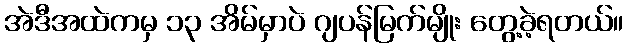
အဲဒီအထဲကမှ ၁၃ အိမ်မှာပဲ ဂျပန်မြက်မျိုး တွေ့ခဲ့ရတယ်။